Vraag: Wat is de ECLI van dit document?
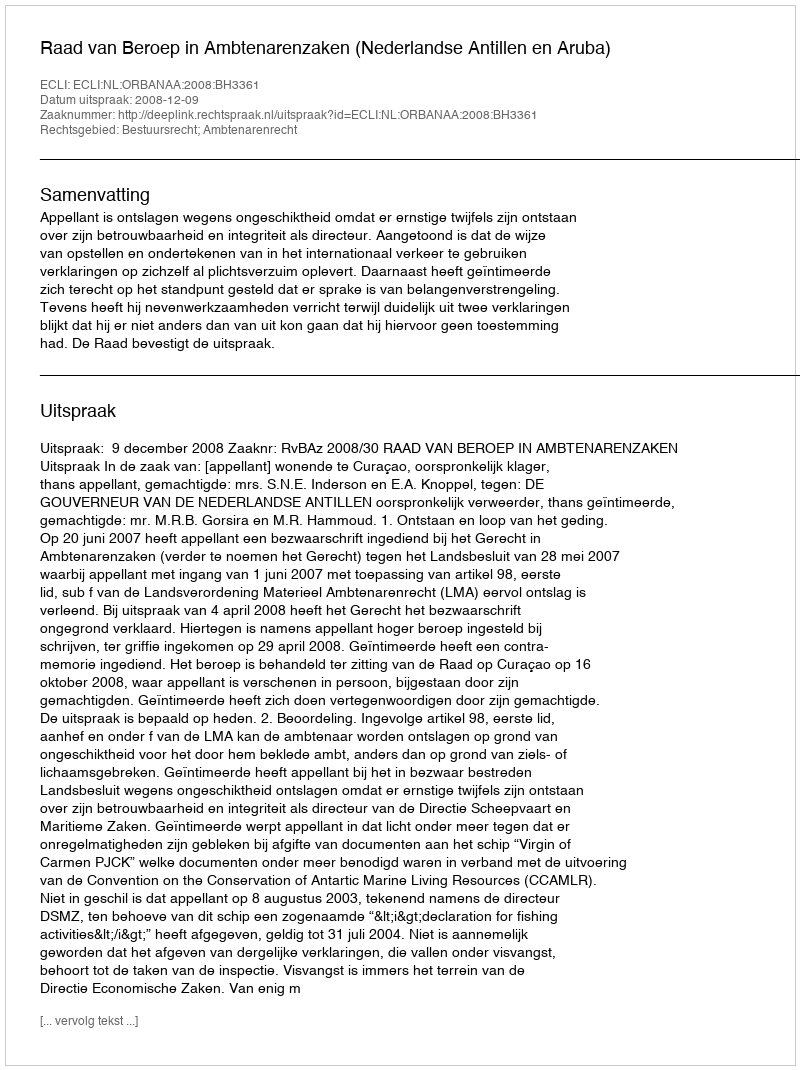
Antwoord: ECLI:NL:ORBANAA:2008:BH3361